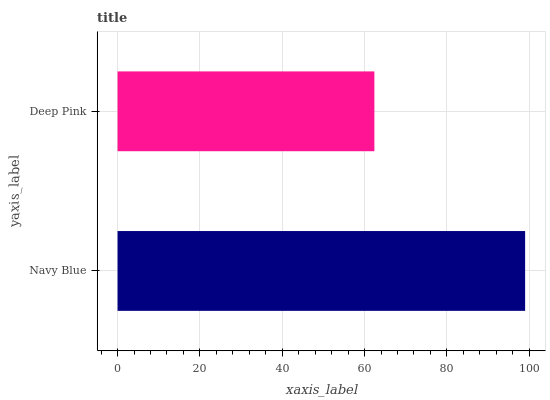
| yaxis_label | bars |
 | --- | --- |
 | Navy Blue | 99 |
 | Deep Pink | 62.4 |